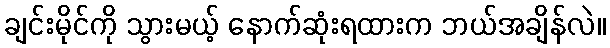
ချင်းမိုင်ကို သွားမယ့် နောက်ဆုံးရထားက ဘယ်အချိန်လဲ။